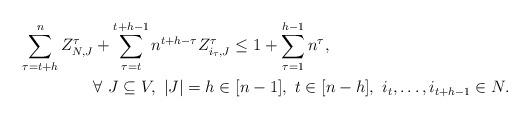
LaTeX: \begin{align*}\sum_{\tau=t+h}^{n} Z_{N,J}^{\tau}&+\sum_{\tau=t}^{t+h-1}n^{t+h-\tau} Z_{i_{\tau},J}^{\tau}\leq 1+\sum_{\tau=1}^{h-1}n^{\tau}, \\& \forall \ J\subseteq V, \ \lvert J \rvert = h\in[n-1], \ t\in [n-h], \ i_t,\dotsc,i_{t+h-1}\in N.\end{align*}